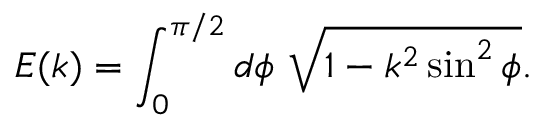
E ( k ) = \int _ { 0 } ^ { \pi / 2 } d \phi ~ \sqrt { 1 - k ^ { 2 } \sin ^ { 2 } \phi } .